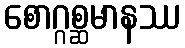
စောဂ္ဂစ္ဆမာနဿ